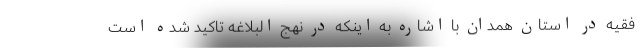
فقیه در استان همدان با اشاره به اینکه در نهج البلاغه تاکید شده است